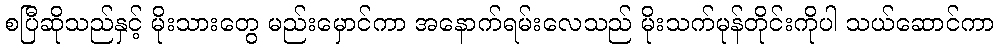
စပြီဆိုသည်နှင့် မိုးသားတွေ မည်းမှောင်ကာ အနောက်ရမ်းလေသည် မိုးသက်မုန်တိုင်းကိုပါ သယ်ဆောင်ကာ